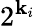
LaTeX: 2^{\mathbf{k}_{i}}